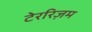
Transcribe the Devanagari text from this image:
टेररिज़म